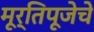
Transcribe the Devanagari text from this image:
मूर्तिपूजेचे